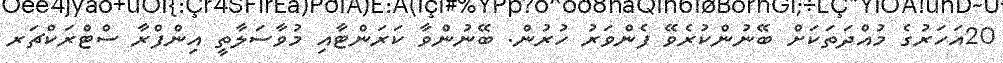
20އަހަރުގެ މުއްދަތަކަށް ބޭނުންކުރެވޭ ފެންވަރު ހުރުން. ބޭނުންވާ ކަރަންޓާއި މުވާސަލާތީ އިންފްރާ ސްޓްރަކްޗަރ